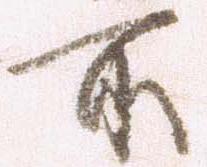
所